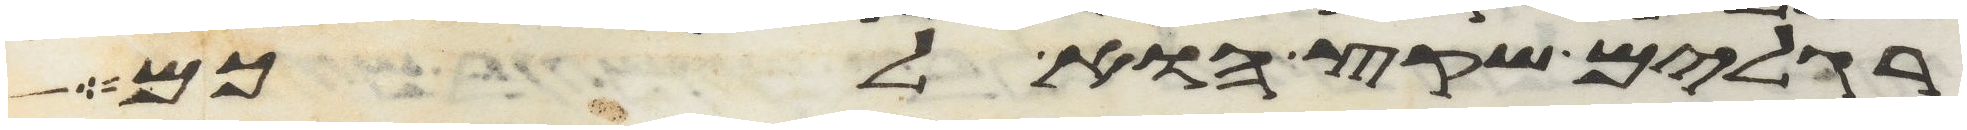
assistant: רגלים שקץ הוא לכם